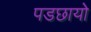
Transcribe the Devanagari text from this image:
पडछायो